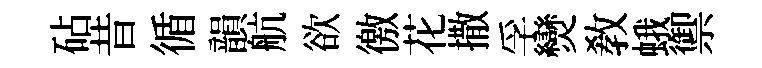
砧昔循韻航欲徼花撒孚𤓖教蛾禦